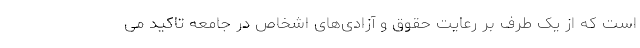
است که از یک طرف بر رعایت حقوق و آزادی‌های اشخاص در جامعه تاکید می